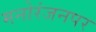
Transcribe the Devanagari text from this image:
मनोरंजनपर